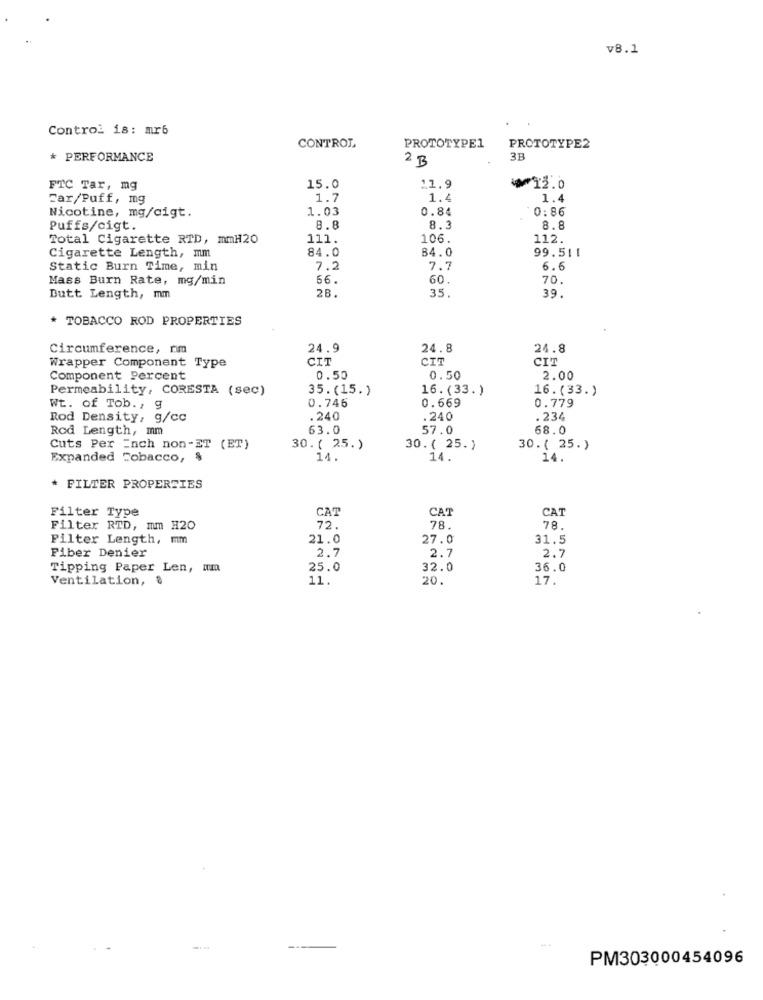
v8.1
Control is: mr6
CONTROL
PROTOTYPE1
PROTOTYPE2
* PERFORMANCE
2 B
3B
FTC Tar, mg
15.0
11.9
₩12.0
Far/Puff, mg
1.7
1.4
1.4
Nicotine, mg/cigt.
1.03
0.84
0:86
Puffs/cigt.
8.8
8.3
8.8
Total Cigarette RTD, mmH20
111.
106.
112.
84.0
84.0
99.511
Cigarette Length, mm
Static Burn Time, min
7.2
7.7
6.6
Mass Burn Rate, mg/min
56
60.
70.
28.
35.
39.
Butt Length, mm
* TOBACCO ROD PROPERTIES
Circumference, nm
24.9
24.8
24.8
Wrapper Component Type
CIT
CIT
CIT
Component Percent
0.50
0.50
2.00
Permeability, CORESTA (sec)
35.(15.)
16.(33. )
16.(33.)
0.746
0.669
0.779
Wt. of Tob. , g
Rod Density, g/cc
.240
240
.234
Rod Length, mm
63.0
57.0
68.0
Cuts Per Inch non-ET (ET)
30.( 25.)
30. ( 25.)
30.( 25.)
Expanded Tobacco,
14.
14.
14.
FILTER PROPERTIES
Filter Type
CAT
CAT
CAT
Filter RTD, mm H20
72.
78.
78
Filter Length, mm
21.0
27.0
31.5
Fiber Denier
2.7
2.7
2,7
Tipping Paper Len, um
25.0
32.0
36.0
Ventilation, 8
11.
20.
17.
--
PM303000454096